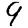
Digit: 9